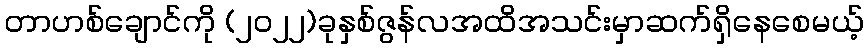
တာဟစ်ချောင်ကို (၂၀၂၂)ခုနှစ်ဇွန်လအထိအသင်းမှာဆက်ရှိနေစေမယ့်